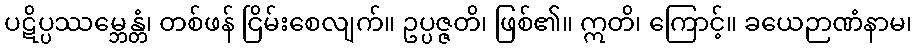
ပဋိပ္ပဿမ္ဘေန္တံ၊ တစ်ဖန် ငြိမ်းစေလျက်။ ဥပ္ပဇ္ဇတိ၊ ဖြစ်၏။ ဣတိ၊ ကြောင့်။ ခယေဉာဏံနာမ၊